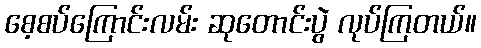
စေ့စပ်ကြောင်းလမ်း ဆုတောင်းပွဲ လုပ်ကြတယ်။